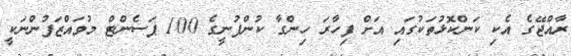
ރާއްޖޭގެ އެކި ކަންކޮޅުތަކުގައި އަށް ފިހާރަ ހިންގާ ކުންފުނީގެ 100 ޕަސެންޓް މުވައްޒަފުންނަކީ